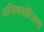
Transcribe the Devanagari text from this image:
अन्तिबक्तेरिअल्स